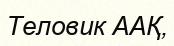
Теловик ААҚ,